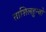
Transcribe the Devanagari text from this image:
ताशिलहुन्बो